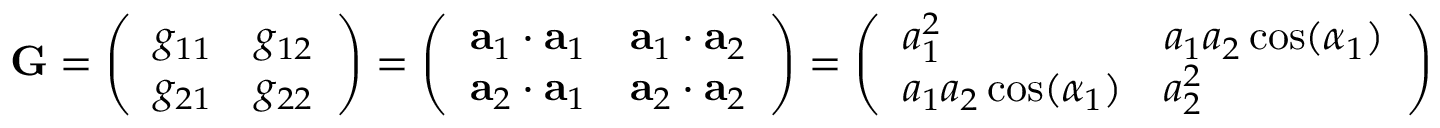
\mathbf { G } = { \left( \begin{array} { l l } { g _ { 1 1 } } & { g _ { 1 2 } } \\ { g _ { 2 1 } } & { g _ { 2 2 } } \end{array} \right) } = { \left( \begin{array} { l l } { \mathbf { a } _ { 1 } \cdot \mathbf { a } _ { 1 } } & { \mathbf { a } _ { 1 } \cdot \mathbf { a } _ { 2 } } \\ { \mathbf { a } _ { 2 } \cdot \mathbf { a } _ { 1 } } & { \mathbf { a } _ { 2 } \cdot \mathbf { a } _ { 2 } } \end{array} \right) } = { \left( \begin{array} { l l } { a _ { 1 } ^ { 2 } } & { a _ { 1 } a _ { 2 } \cos ( \alpha _ { 1 } ) } \\ { a _ { 1 } a _ { 2 } \cos ( \alpha _ { 1 } ) } & { a _ { 2 } ^ { 2 } } \end{array} \right) }